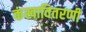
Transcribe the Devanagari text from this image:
कंखावितरणी